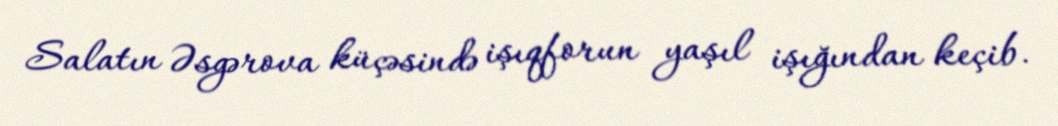
Salatın Əsgərova küçəsində işıqforun yaşıl işığından keçib.